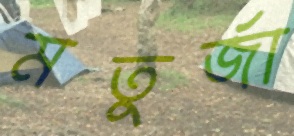
মতুর্জা